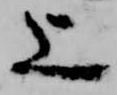
上